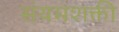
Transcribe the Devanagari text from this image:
संयमशक्ती